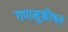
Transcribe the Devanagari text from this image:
गणमुक्तीश्वर